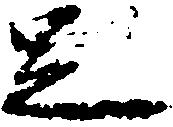
足